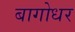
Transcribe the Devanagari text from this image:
बागोधर